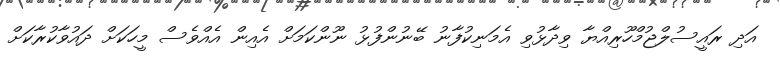
އަދި ރައީސުލްޖުމްހޫރިއްޔާ ވިދާޅުވި އެމަނިކުފާނު ބޭނުންފުޅު ނޫންކަމަށް އެއިން އެއްވެސް މީހަކަށް ދައުވާކުރާކަށް